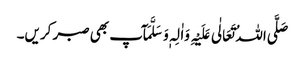
صَلَّی اللہُ تَعَالٰی عَلَیْہِ وَاٰلِہٖ وَسَلَّمَآپ بھی صبر کریں۔